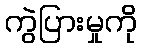
ကွဲပြားမှုကို